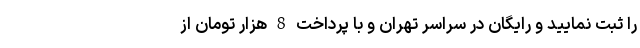
را ثبت نمایید و رایگان در سراسر تهران و با پرداخت 8 هزار تومان از